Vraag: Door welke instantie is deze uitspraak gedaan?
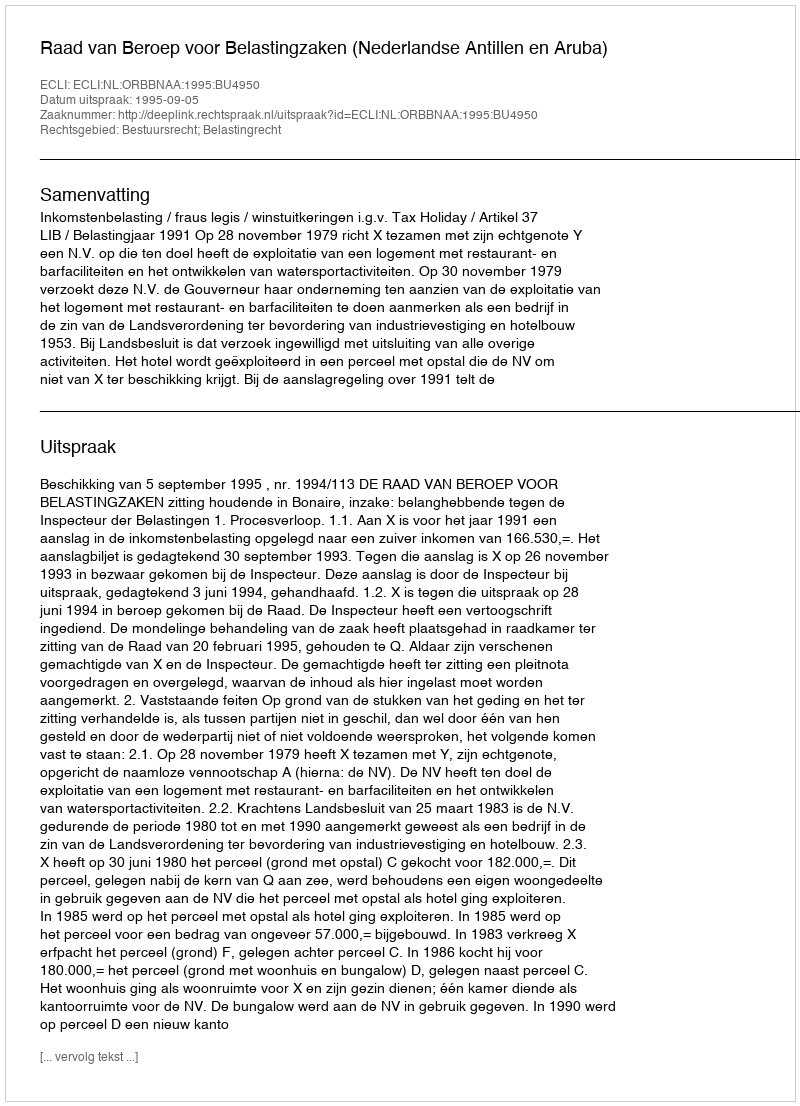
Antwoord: Raad van Beroep voor Belastingzaken (Nederlandse Antillen en Aruba)